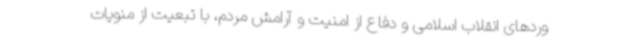
وردهای انقلاب اسلامی و دفاع از امنیت و آرامش مردم، با تبعیت از منویات